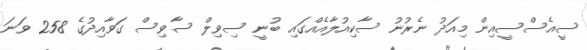
ސީއެސްސީއިން މިއަދު ނެރުނު ސާކިއުލާއެއްގައި ބުނީ ސިވިލް ސާވިސް ގަވާއިދުގެ 258 ވަނަ